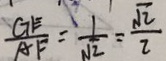
\frac { G E } { A F } = \frac { 1 } { \sqrt { 2 } } = \frac { \sqrt { 2 } } { 2 }